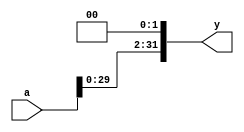

`timescale 1ns/1ns

module slt2(input [31:0] a,
            output [31:0] y);
            
assign y = a << 2;

endmodule